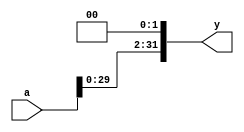

`timescale 1ns/1ns

module slt2(input [31:0] a,
            output [31:0] y);
            
assign y = a << 2;

endmodule